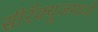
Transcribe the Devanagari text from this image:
सीरॅक्यूजमध्ये